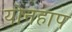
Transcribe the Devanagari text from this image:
योनहाप